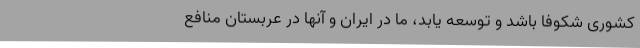
کشوری شکوفا باشد و توسعه یابد، ما در ایران و آنها در عربستان منافع